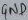
Text: GND